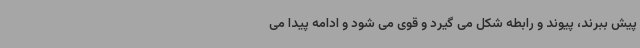
پیش ببرند، پیوند و رابطه شکل می گیرد و قوی می شود و ادامه پیدا می